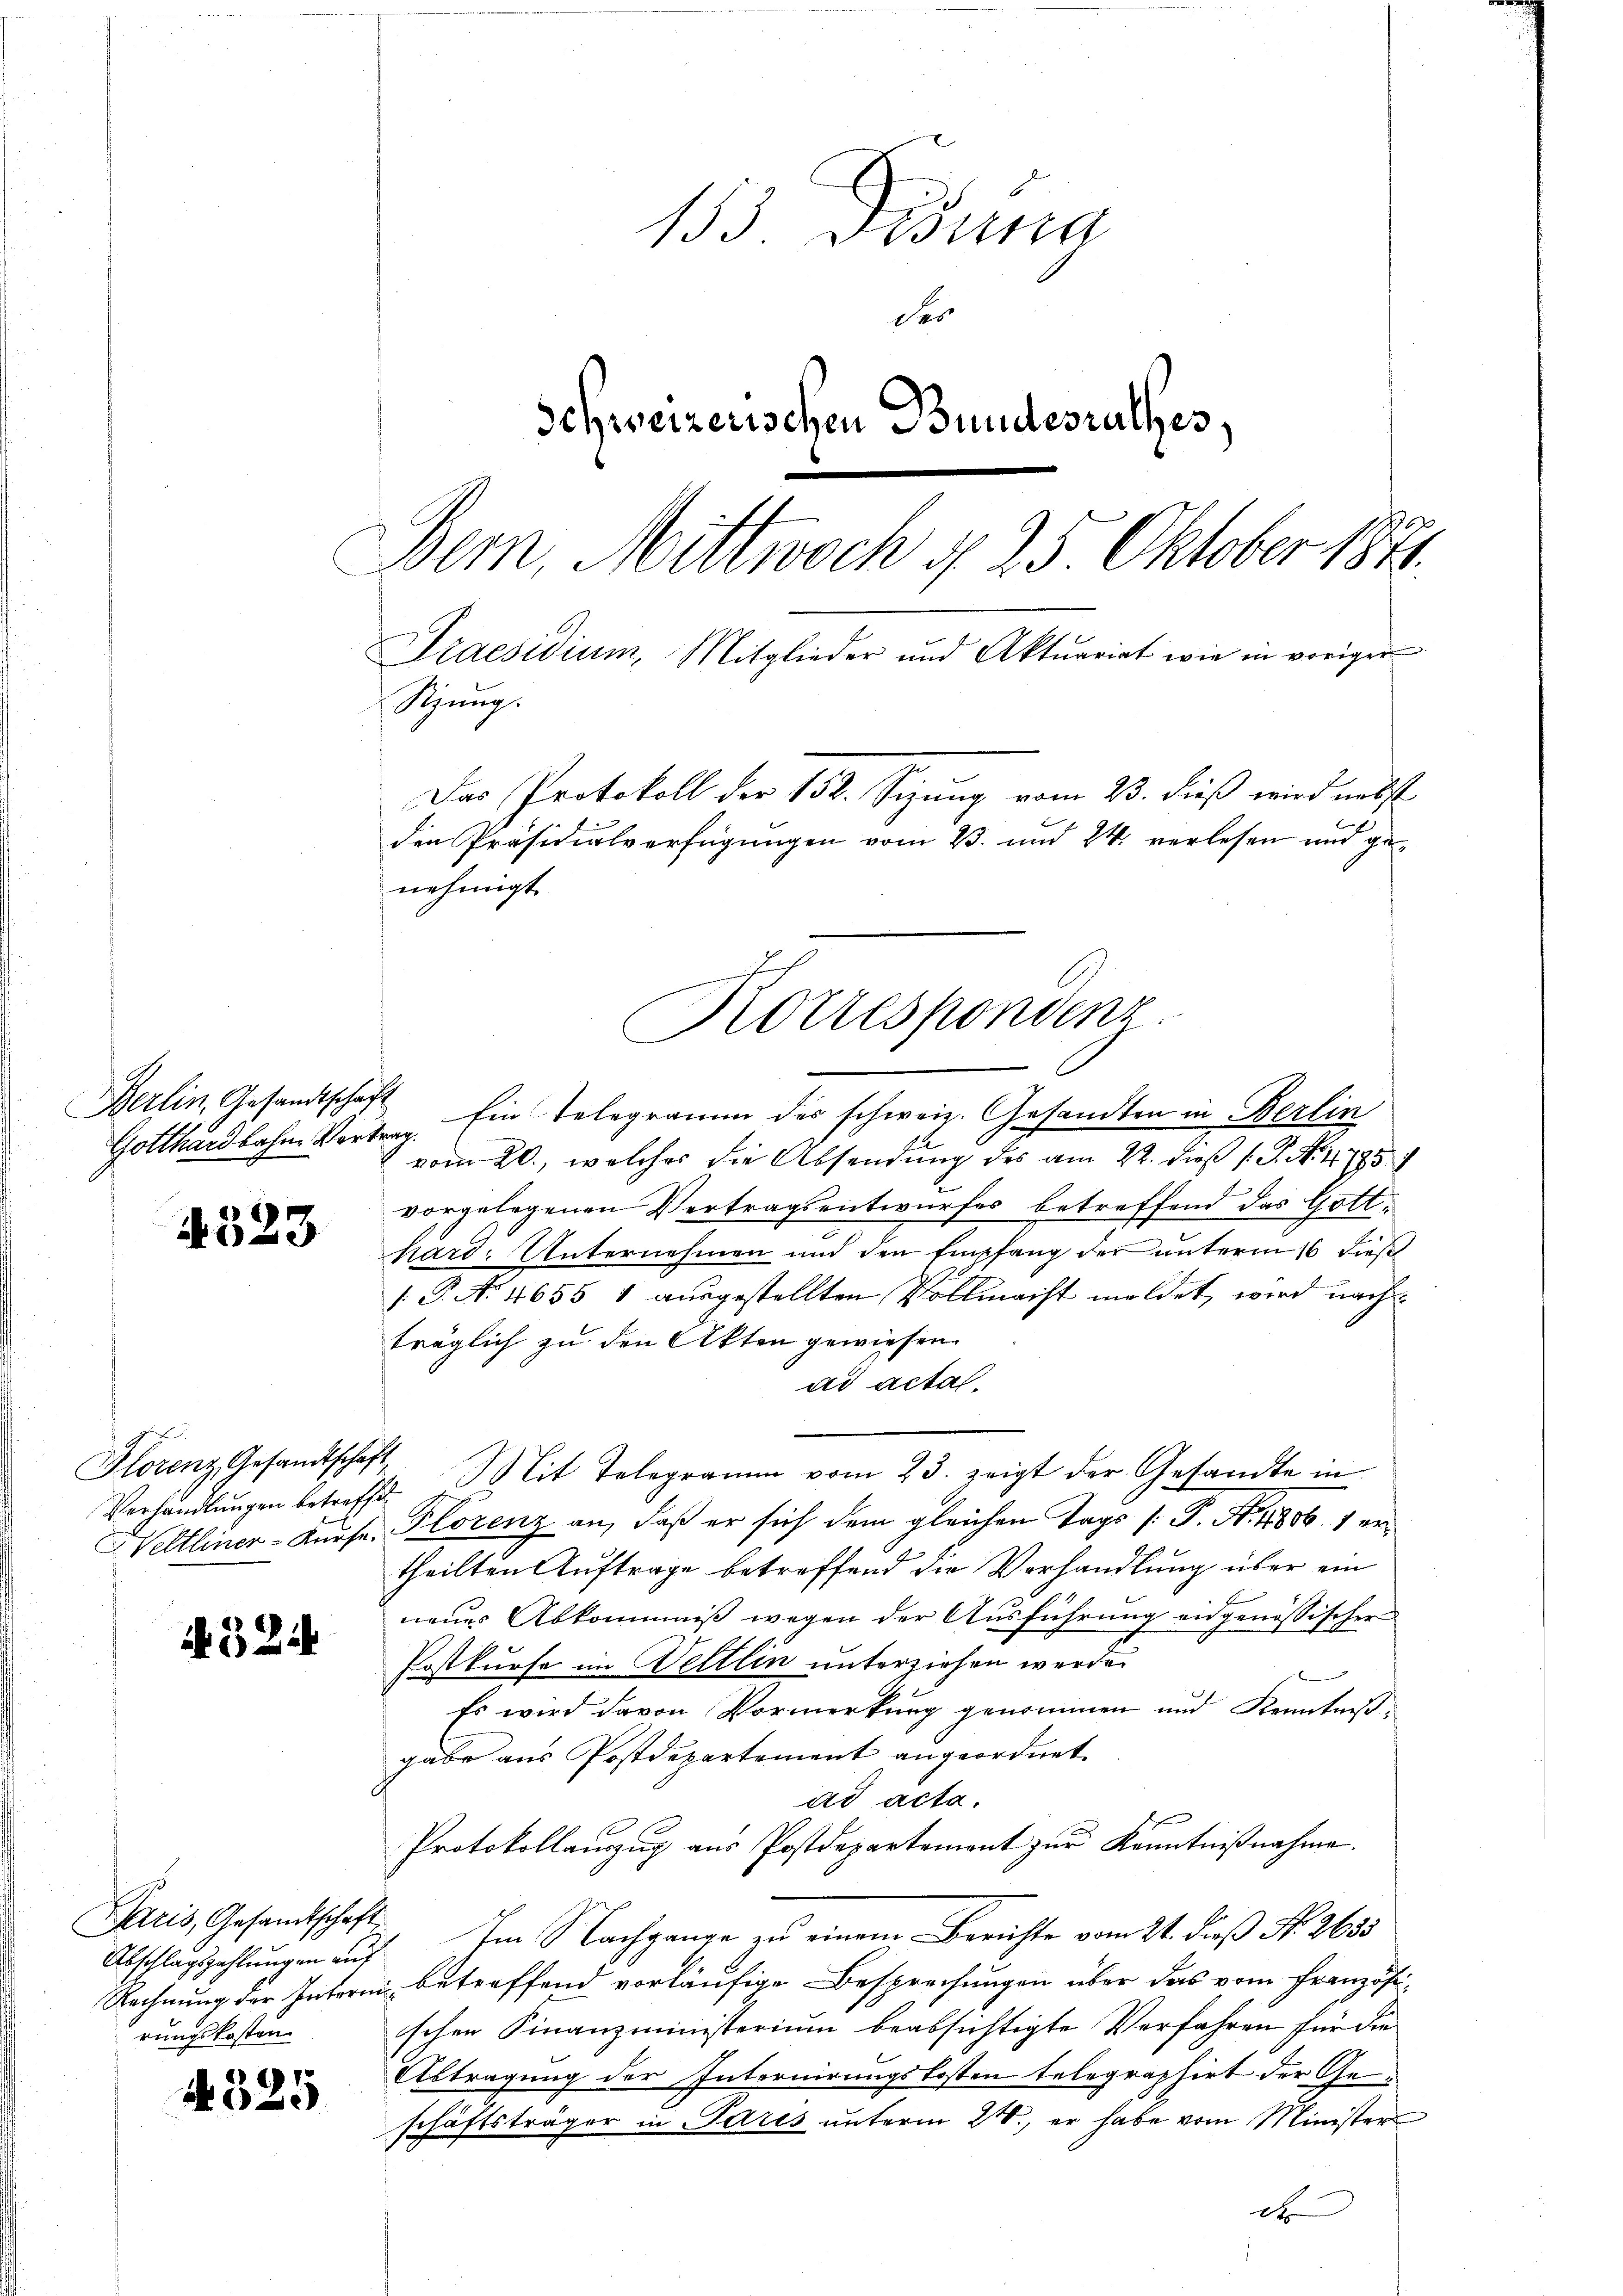
4523

Florenz Gesandtschaf
Verhandlungen betreff
 Veltliner-Kurse.

if. 324

Paris, Gesandtschaft
Abschlagszahlungen auf
rungskosten

4325

153. Disena
des
Schweizerischen Bundesrathes,
Bem, Mittwoch d. 25 Oktober 1871.
Praesidium, Mitglieder und Aktuariat wie in voriger
Sizung.
Das Protokoll der 152. Sizung vom 23. dieβ wird nebst
den Präsidialverfügungen vom 23. und 24. verlesen und genehmigt.

Berlin, Gesandtschaf
Gotthardbahn Wort

Ein Telegramm des schweiz. Gesandten in Berlin
sung
vom 20., welches die Absendung des am 22. daß P. P. No 4795
vorgelegenen Vertragsentwurfes betreffend das Gotthard, Unternehmen und den Empfang der unterm 16 dieß
.P. N. 4655 1 ausgestellten Vollmacht meldet, wird nachträglich zu den Akten gewiesen.
ad acta.
h
7 Mit Telegramm vom 23. zeigt der Gesandte in
Plorenz an, daß er sich dem gleichen Tags /: P. Nr. 1861 er
theilten Auftrage betreffend die Verhandlung über ein
neuer Abkommniß wegen der Ausführung angenössischer
Postkurse im Veltlin unterziehen werde.
Es wird davon Vormerkung genommen und Kenntniß
gabe aus Postdepartement angeordnet.
ad acta.
Protokollauszug aus Postdepartement zur Kenntnißnahme.
Im Nachgange zu einem Berichte vom 21. dieß Nr. 2635
Rechnung der Intern betreffend vorläufige Besprechungen über das vom Französischen Finanzministerium beabsichtigte Verfahren für die
Abtragung der Internirungskosten telegraphirt der Geschäftsträger in Paris unterm 21., er habe vom Minister
d

Korrespondenz.